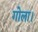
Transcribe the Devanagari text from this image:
गोला।